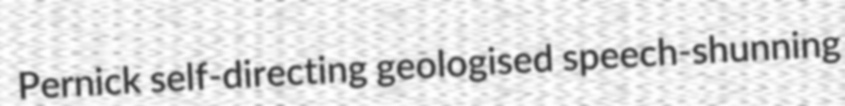
Pernick self-directing geologised speech-shunning